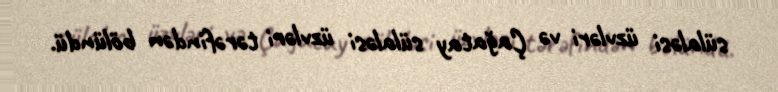
sülaləsi üzvləri və Çağatay sülaləsi üzvləri tərəfindən bölündü.